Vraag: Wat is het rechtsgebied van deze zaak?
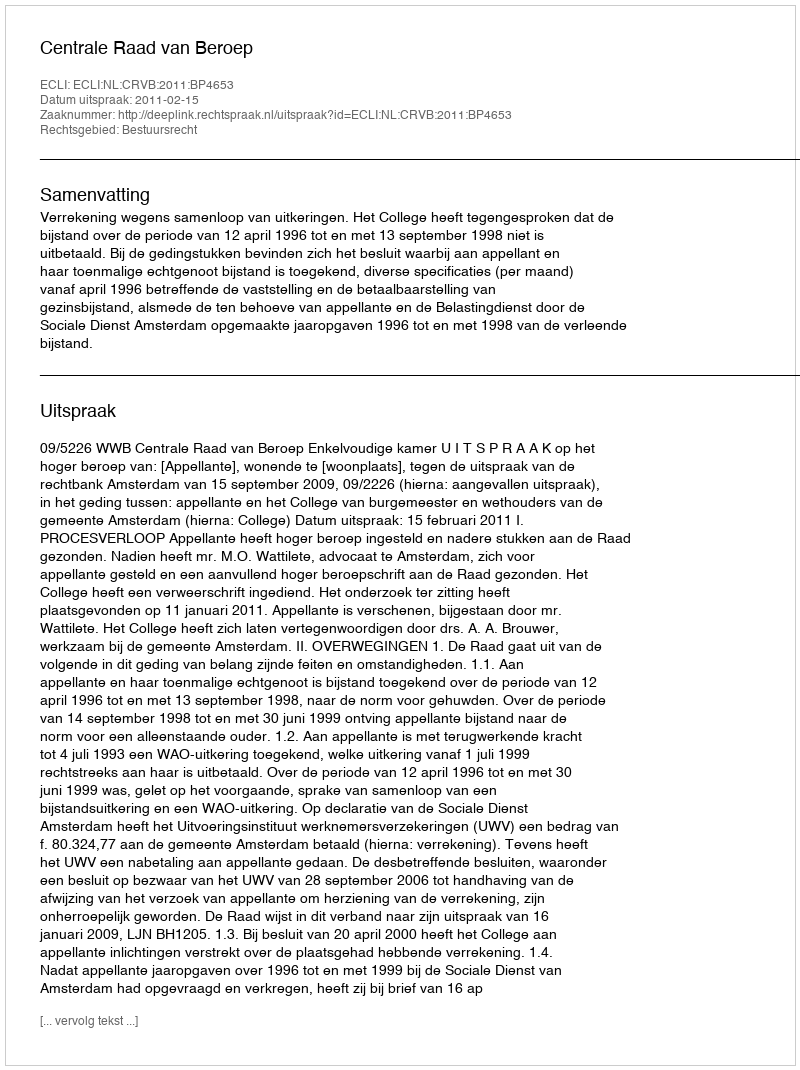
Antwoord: Bestuursrecht